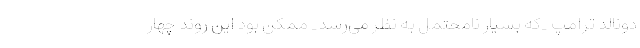
دونالد ترامپ _که بسیار نامحتمل به نظر می‌رسد_ ممکن بود این روند چهار